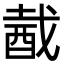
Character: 酨